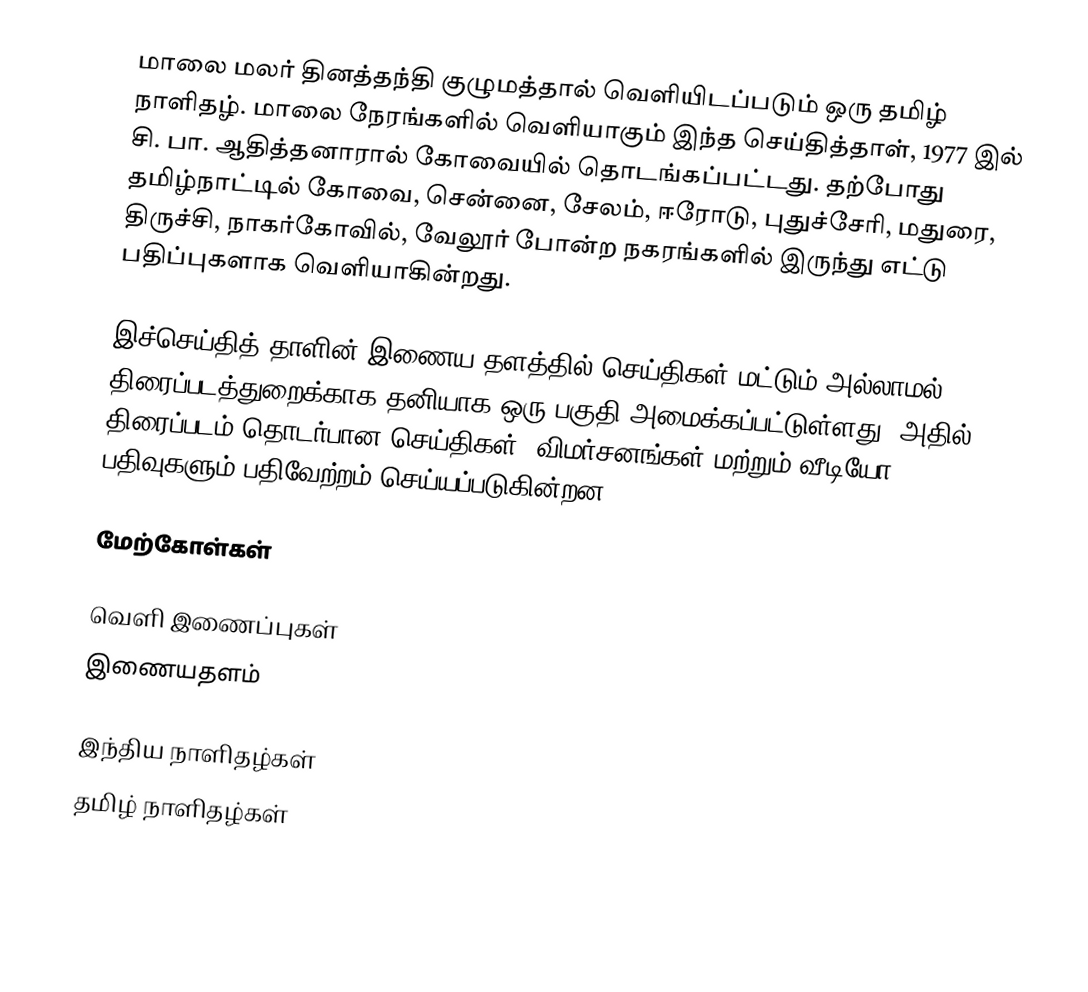
மாலை மலர் தினத்தந்தி குழுமத்தால் வெளியிடப்படும் ஒரு தமிழ் நாளிதழ். மாலை நேரங்களில் வெளியாகும் இந்த செய்தித்தாள், 1977 இல் சி. பா. ஆதித்தனாரால் கோவையில் தொடங்கப்பட்டது. தற்போது தமிழ்நாட்டில் கோவை, சென்னை, சேலம், ஈரோடு, புதுச்சேரி, மதுரை, திருச்சி, நாகர்கோவில், வேலூர் போன்ற நகரங்களில் இருந்து எட்டு பதிப்புகளாக வெளியாகின்றது.

இச்செய்தித் தாளின் இணைய தளத்தில் செய்திகள் மட்டும் அல்லாமல் திரைப்படத்துறைக்காக தனியாக ஒரு பகுதி அமைக்கப்பட்டுள்ளது. அதில் திரைப்படம் தொடர்பான செய்திகள், விமர்சனங்கள் மற்றும் வீடியோ பதிவுகளும் பதிவேற்றம் செய்யப்படுகின்றன.

மேற்கோள்கள்

வெளி இணைப்புகள்
இணையதளம்

இந்திய நாளிதழ்கள்
தமிழ் நாளிதழ்கள்